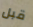
قبل